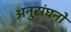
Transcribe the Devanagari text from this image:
अनुसंघनों